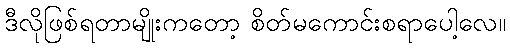
ဒီလိုဖြစ်ရတာမျိုးကတော့ စိတ်မကောင်းစရာပေါ့လေ။